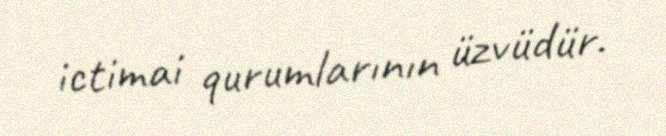
ictimai qurumlarının üzvüdür.